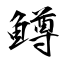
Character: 鱒